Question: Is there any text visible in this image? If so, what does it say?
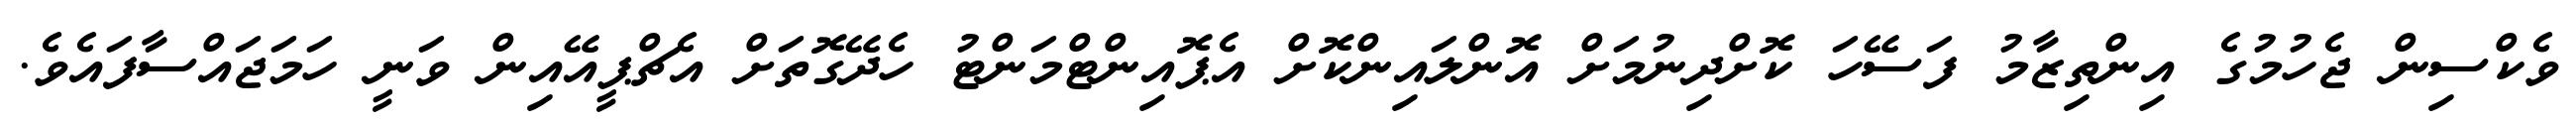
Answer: ވެކްސިން ޖެހުމުގެ އިންތިޒާމު ފަސޭހަ ކޮށްދިނުމަށް އޮންލައިންކޮށް އެޕޮއިންޓްމަންޓު ހެދޭގޮތަށް އެޗްޕީއޭއިން ވަނީ ހަމަޖައްސާފައެވެ.